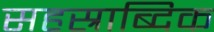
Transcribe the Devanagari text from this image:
सहस्राब्दिक